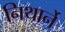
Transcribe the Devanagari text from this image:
निथार्ने